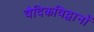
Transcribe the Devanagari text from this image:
वैदिकविद्वानों